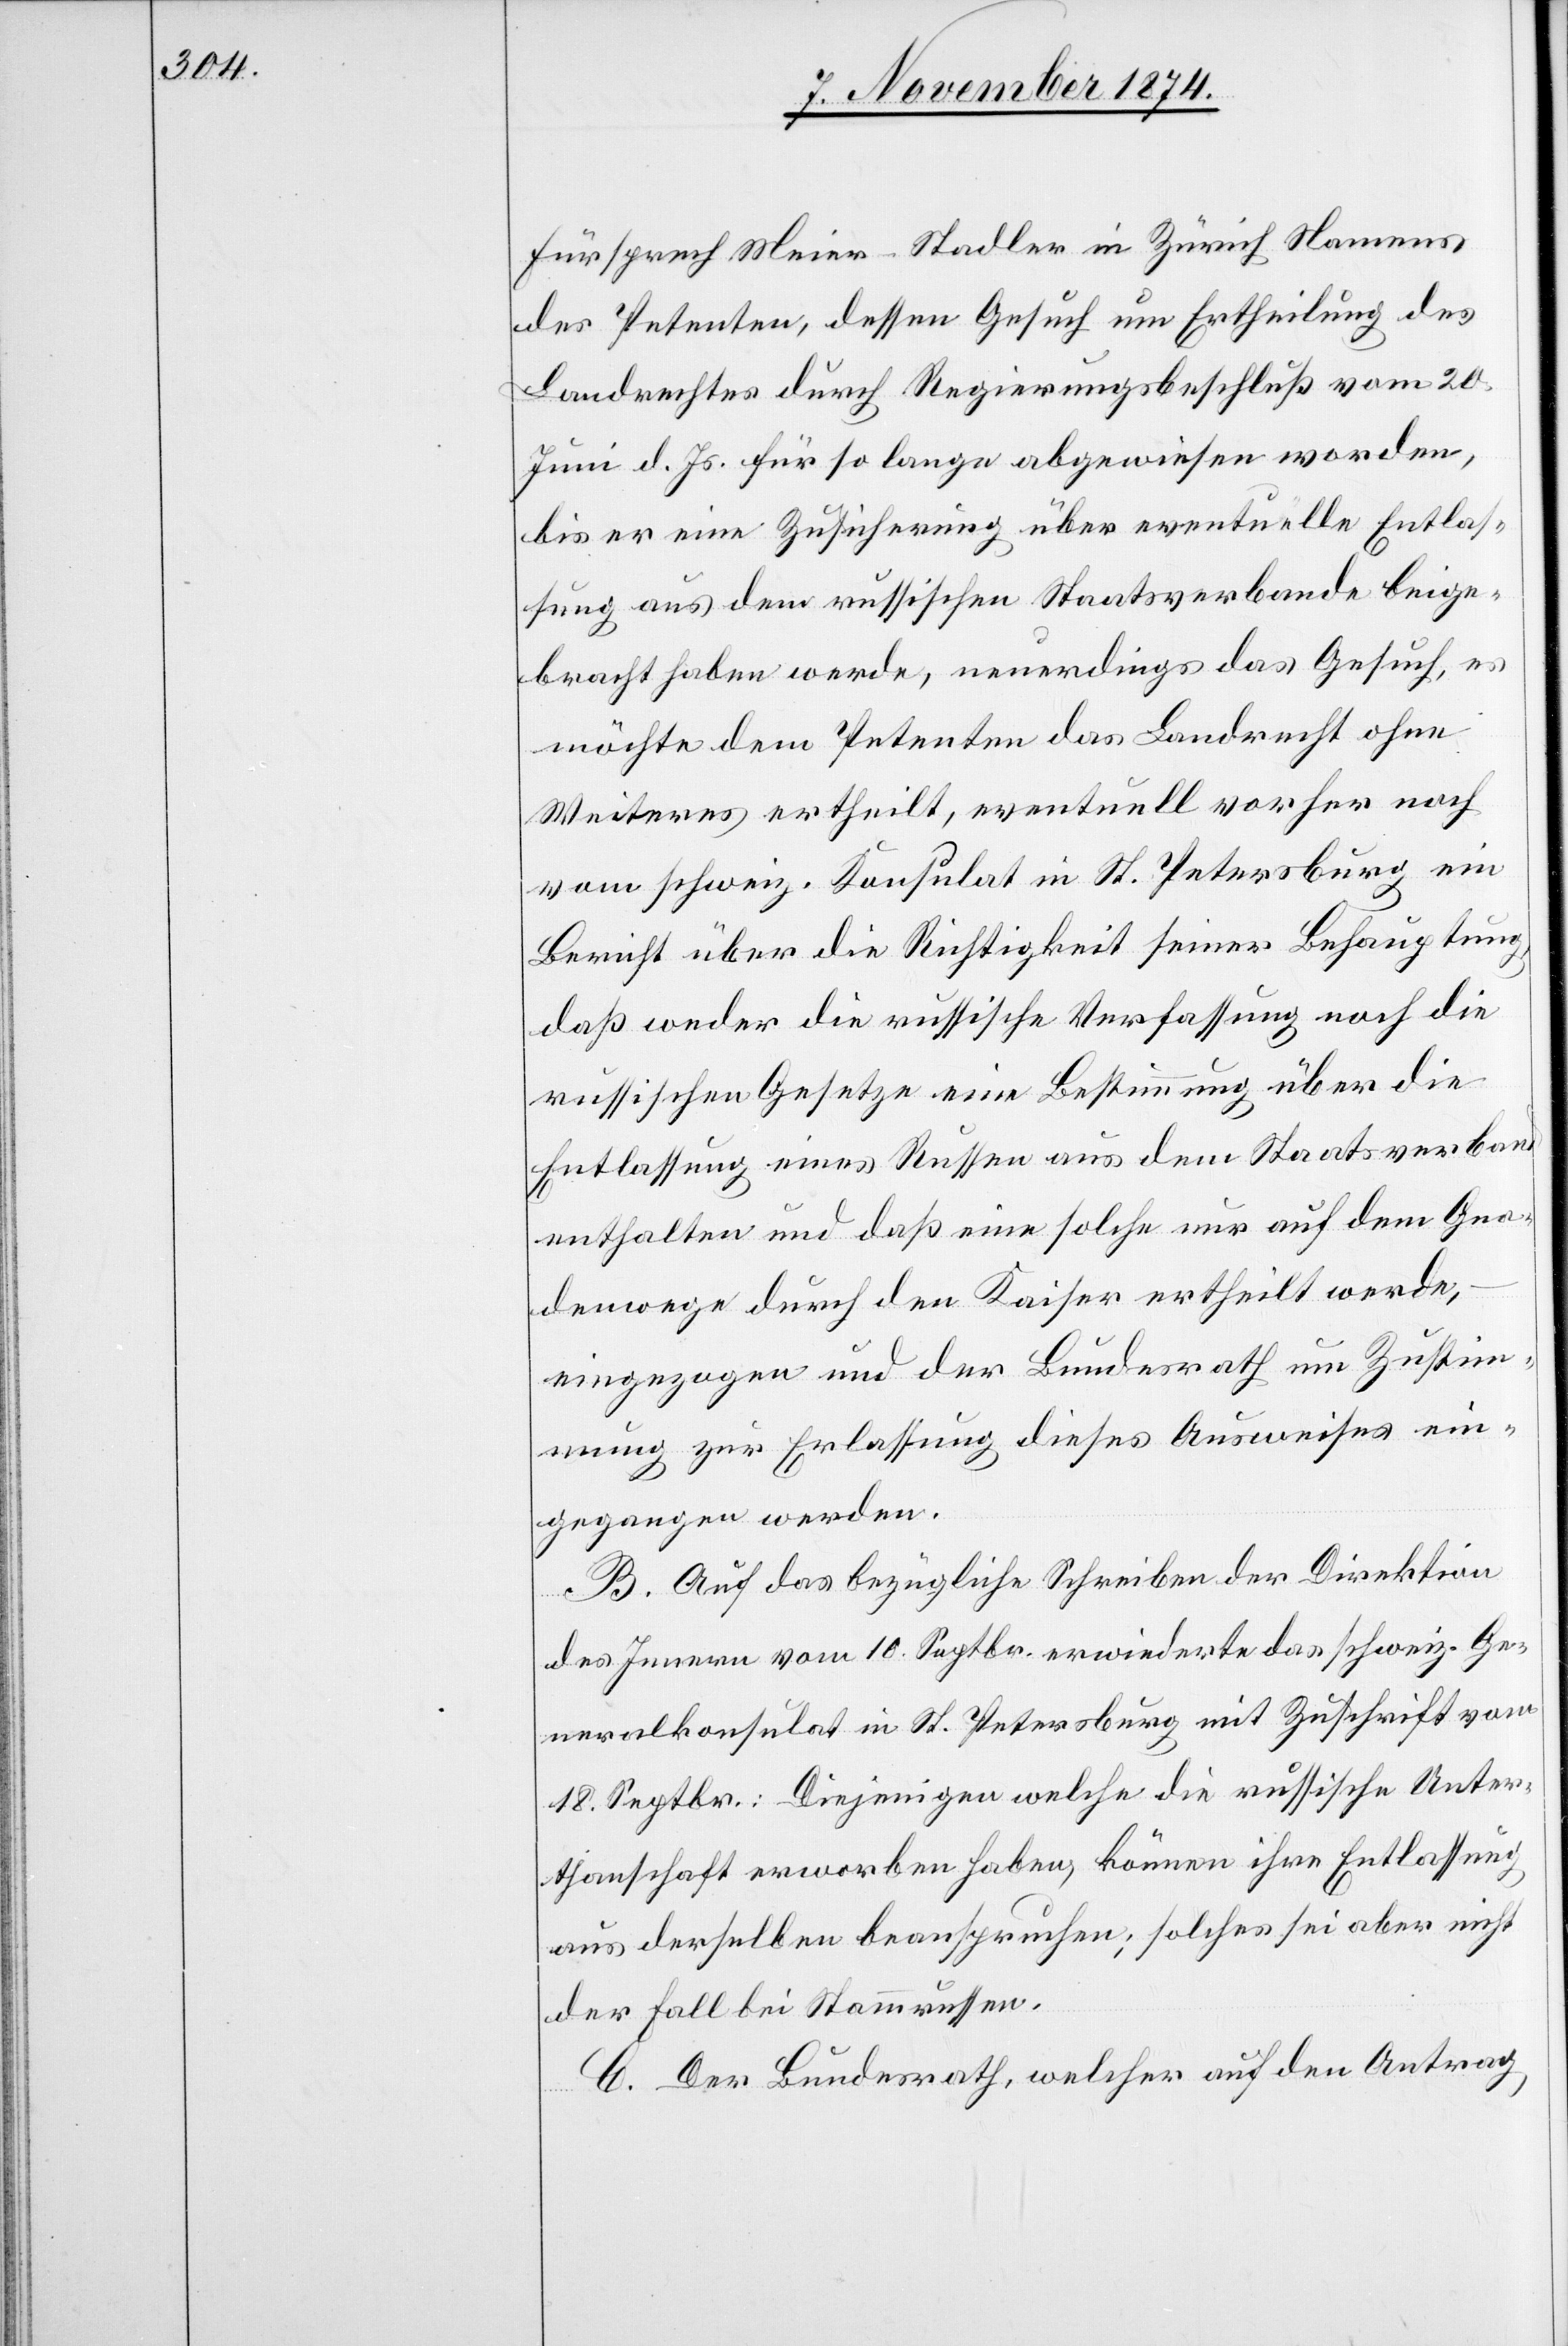
Fürsprech Meier-Stadler in Zürich Namens
des Petenten, dessen Gesuch um Ertheilung des
Landrechtes durch Regierungsbeschluß vom 20.
Juni d. Js. für so lange abgewiesen worden,
bis er eine Zusicherung über eventuelle Entlas¬
sung aus dem russischen Staatsverbande beige¬
bracht haben werde, neuerdings das Gesuch, es
möchte dem Petenten das Landrecht ohne
Weiteres ertheilt, eventuell vorher noch
vom schweiz. Konsulat in St. Petersburg ein
Bericht über die Richtigkeit seiner Behauptung
daß weder die russische Verfassung noch die
russischen Gesetze eine Bestimmung über die
Entlassung eines Russen aus dem Staatsverband
enthalten und daß eine solche nur auf dem Gna¬
denwege durch den Kaiser ertheilt werde,
eingezogen und der Bundesrath um Zustim¬
mung zur Erlassung dieses Ausweises ein¬
gegangen werden.
B. Auf das bezügliche Schreiben der Direktion
des Innern vom 10. Septbr. erwiederte das schweiz. Ge¬
neralkonsulat in St. Petersburg mit Zuschrift vom
18. Septbr.: Diejenigen welche die russische Unter¬
thanschaft erworben haben, können ihre Entlassung
aus derselben beanspruchen; solches sei aber nicht
der Fall bei Stammrussen.
C. Der Bundesrath, welcher auf den Antrag